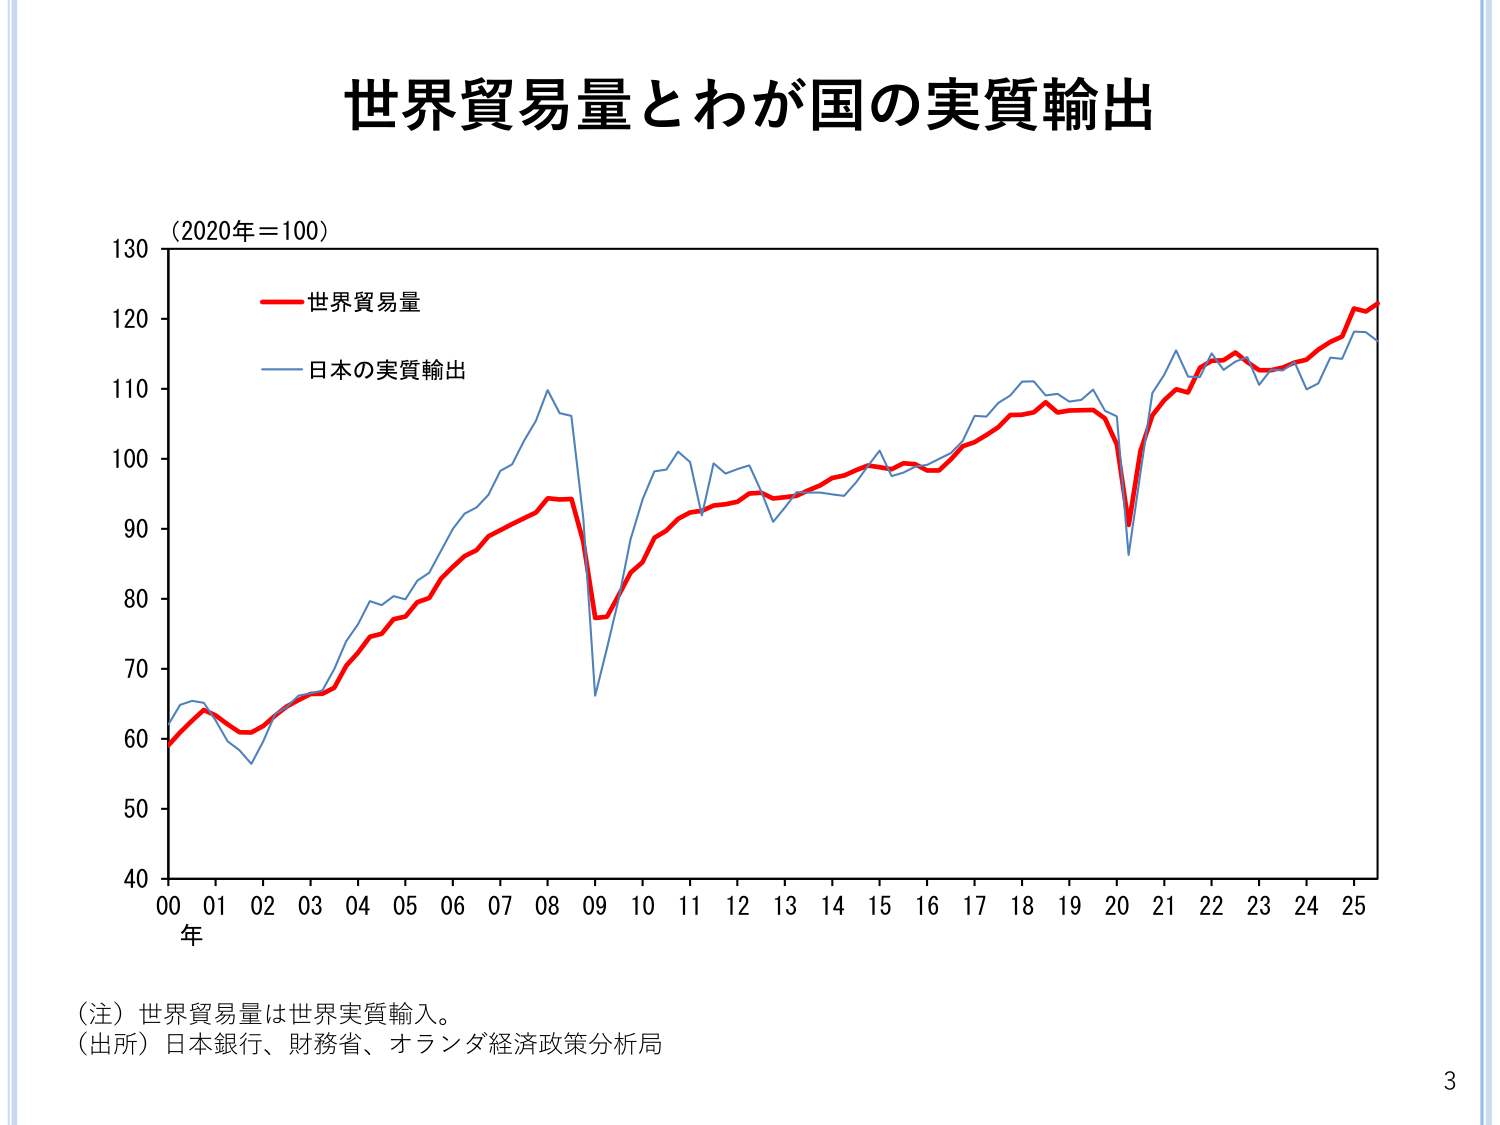
世界貿易量とわが国の実質輸出

（2020年＝100）

ーーー世界貿易量
ーーー日本の実質輸出

130
120
110
100
90
80
70
60
50
40

00 01 02 03 04 05 06 07 08 09 10 11 12 13 14 15 16 17 18 19 20 21 22 23 24 25
年

（注）世界貿易量は世界実質輸入。
（出所）日本銀行、財務省、オランダ経済政策分析局

3